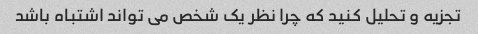
تجزیه و تحلیل کنید که چرا نظر یک شخص می تواند اشتباه باشد